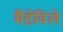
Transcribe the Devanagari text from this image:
मैंडेविले